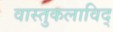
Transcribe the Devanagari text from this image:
वास्तुकलाविद्